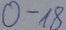
Text: 0-18